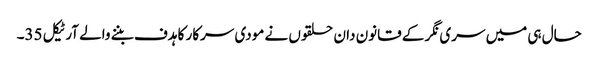
حال ہی میں سری نگر کے قانون دان حلقوں نے مودی سرکار کا ہدف بننے والے آرٹیکل 35۔